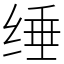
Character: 缍